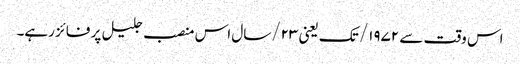
اس وقت سے ۱۹۷۲/ تک یعنی ۲۳/سال اس منصب جلیل پر فائز رہے۔